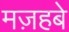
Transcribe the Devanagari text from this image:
मज़हबे